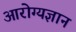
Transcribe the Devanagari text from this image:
आरोग्यज्ञान